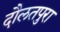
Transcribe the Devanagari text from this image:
दौलतपुरा